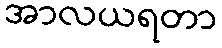
အာလယရတာ